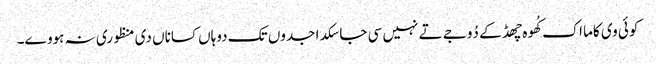
کوئی وی کاما اک کُھوہ چھڈ کے دُوجے تے نہیں سی جا سکدا جدوں تک دوہاں کساناں دی منظوری نہ ہووے۔